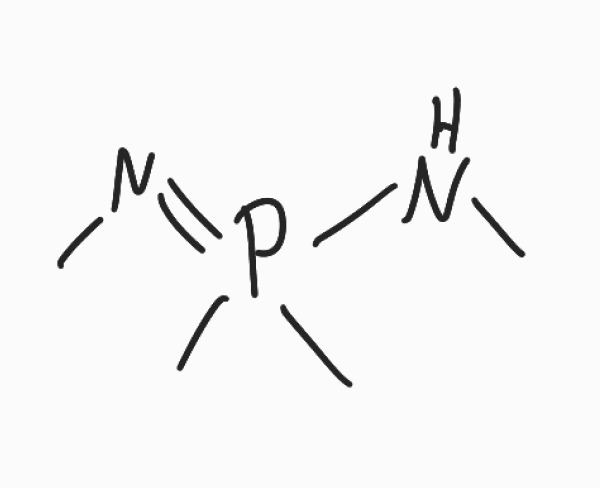
Simplified molecular-input line-entry system (SMILES) notation of the given molecule:
CNP(=NC)(C)C